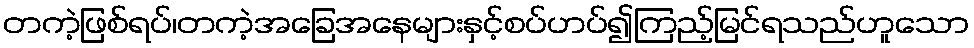
တကဲ့ဖြစ်ရပ်၊တကဲ့အခြေအနေများနှင့်စပ်ဟပ်၍ကြည့်မြင်ရသည်ဟူသော